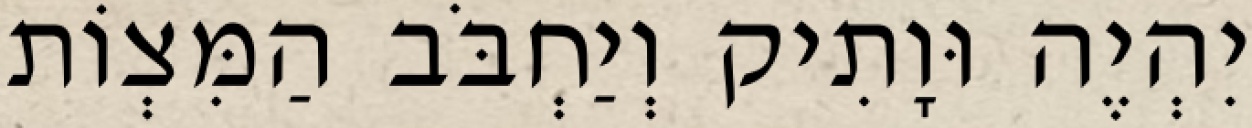
יִהְיֶה וּוָתִיק וְיַחְבֹּב הַמִּצְוֹת